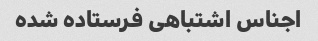
اجناس اشتباهی فرستاده شده